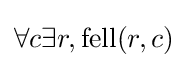
\forall c\exists r,{\mbox{fell}}(r,c)